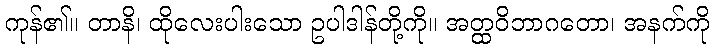
ကုန်၏။ တာနိ၊ ထိုလေးပါးသော ဥပါဒါန်တို့ကို။ အတ္ထဝိဘာဂတော၊ အနက်ကို